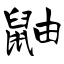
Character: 鼬